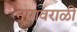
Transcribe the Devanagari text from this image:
नागवराळी